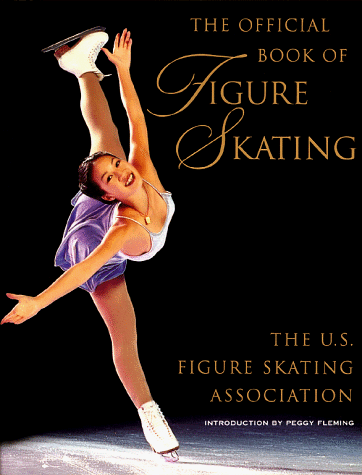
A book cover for The OFFICIAL BOOK OF FIGURE SKATING; Sports & Outdoors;